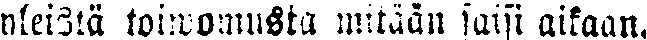
yleistä toiwomusta mitään saisi aikaan.